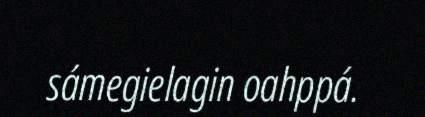
sámegielagin oahppá.